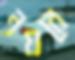
নয়রে